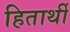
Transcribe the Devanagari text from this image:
हितार्थी